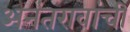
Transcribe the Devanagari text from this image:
अनंतरावांची